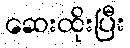
ဆေးထိုးပြီး